Annual report of the Punjab Veterinary College and of the Civil Veterinary Department, Punjab - 1909-1919
Year: 1909
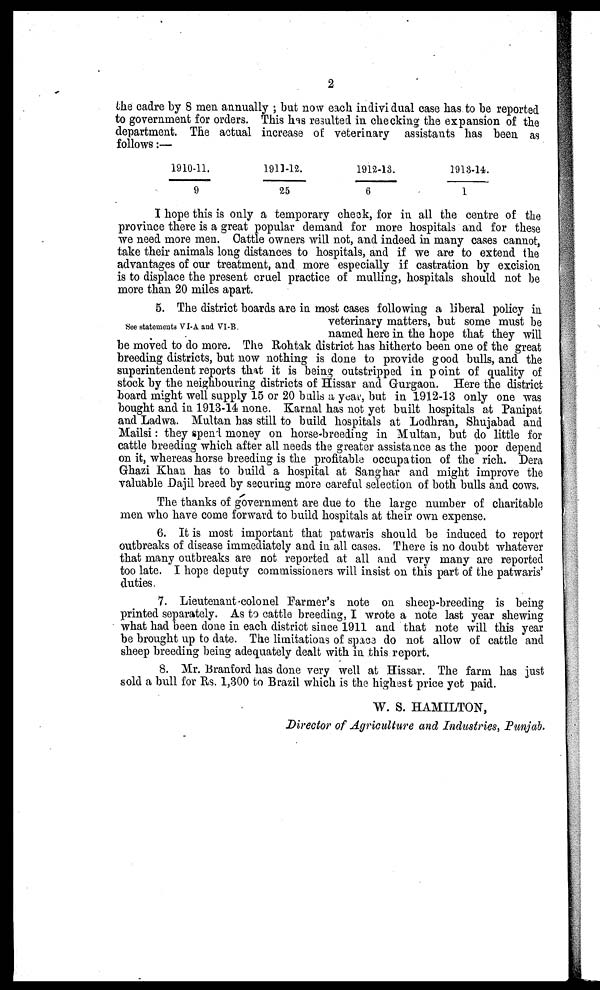
2
the cadre by 8 men annually; but now each individual case has to be reported
to government for orders. This has resulted in checking the expansion of the
department. The actual increase of veterinary assistants has been as
follows:—
1910-11.
9
1911-12.
25
1912-13.
6
1918-14.
1
I hope this is only a temporary check, for in all the centre of the
province there is a great popular demand for more hospitals and for these
we need more men. Cattle owners will not, and indeed in many cases cannot,
take their animals long distances to hospitals, and if we are to extend the
advantages of our treatment, and more especially if castration by excision
is to displace the present cruel practice of mulling, hospitals should not be
more than 20 miles apart.
See statements VI-A and VI-B.
5. The district boards are in most cases following a liberal policy in
veterinary matters, but some must be
named here in the hope that they will
be moved to do more. The Rohtak district has hitherto been one of the great
breeding districts, but now nothing is done to provide good bulls, and the
superintendent reports that it is being outstripped in point of quality of
stock by the neighbouring districts of Hissar and Gurgaon. Here the district
board might well supply 15 or 20 balls a year, but in 1912-13 only one was
bought and in 1913-14 none. Karnal has not yet built hospitals at Panipat
and Ladwa. Multan has still to build hospitals at Lodhran, Shujabad and
Mailsi: they spend money on horse-breeding in Multan, but do little for
cattle breeding which after all needs the greater assistance as the poor depend
on it, whereas horse breeding is the profitable occupation of the rich. Dera
Ghazi Khan has to build a hospital at Sanghar and might improve the
valuable Dajil breed by securing more careful selection of both bulls and cows.
The thanks of government are due to the large number of charitable
men who have come forward to build hospitals at their own expense.
6. It is most important that patwaris should be induced to report
outbreaks of disease immediately and in all cases. There is no doubt whatever
that many outbreaks are not reported at all and very many are reported
too late. I hope deputy commissioners will insist on this part of the patwaris'
duties.
7. Lieutenant-colonel Farmer's note on sheep-breeding is being
printed separately. As to cattle breeding, I wrote a note last year shewing
what had been done in each district since 1911 and that note will this year
be brought up to date. The limitations of space do not allow of cattle and
sheep breeding being adequately dealt with in this report.
8. Mr. Branford has done very well at Hissar. The farm has just
sold a bull for Rs. 1,300 to Brazil which is the highest price yet paid.
W. S. HAMILTON,
Director of Agriculture and Industries, Punjab.